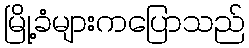
မြို့ခံများကပြောသည်